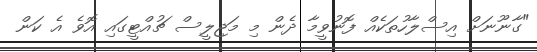
"ގާނޫނަށް އިސްލާހުތަކެއް ފޮނުވީމާ ދެން މި މަޖިލީސް ޗުއްޓީގައި އޮވެ އެ ކަން